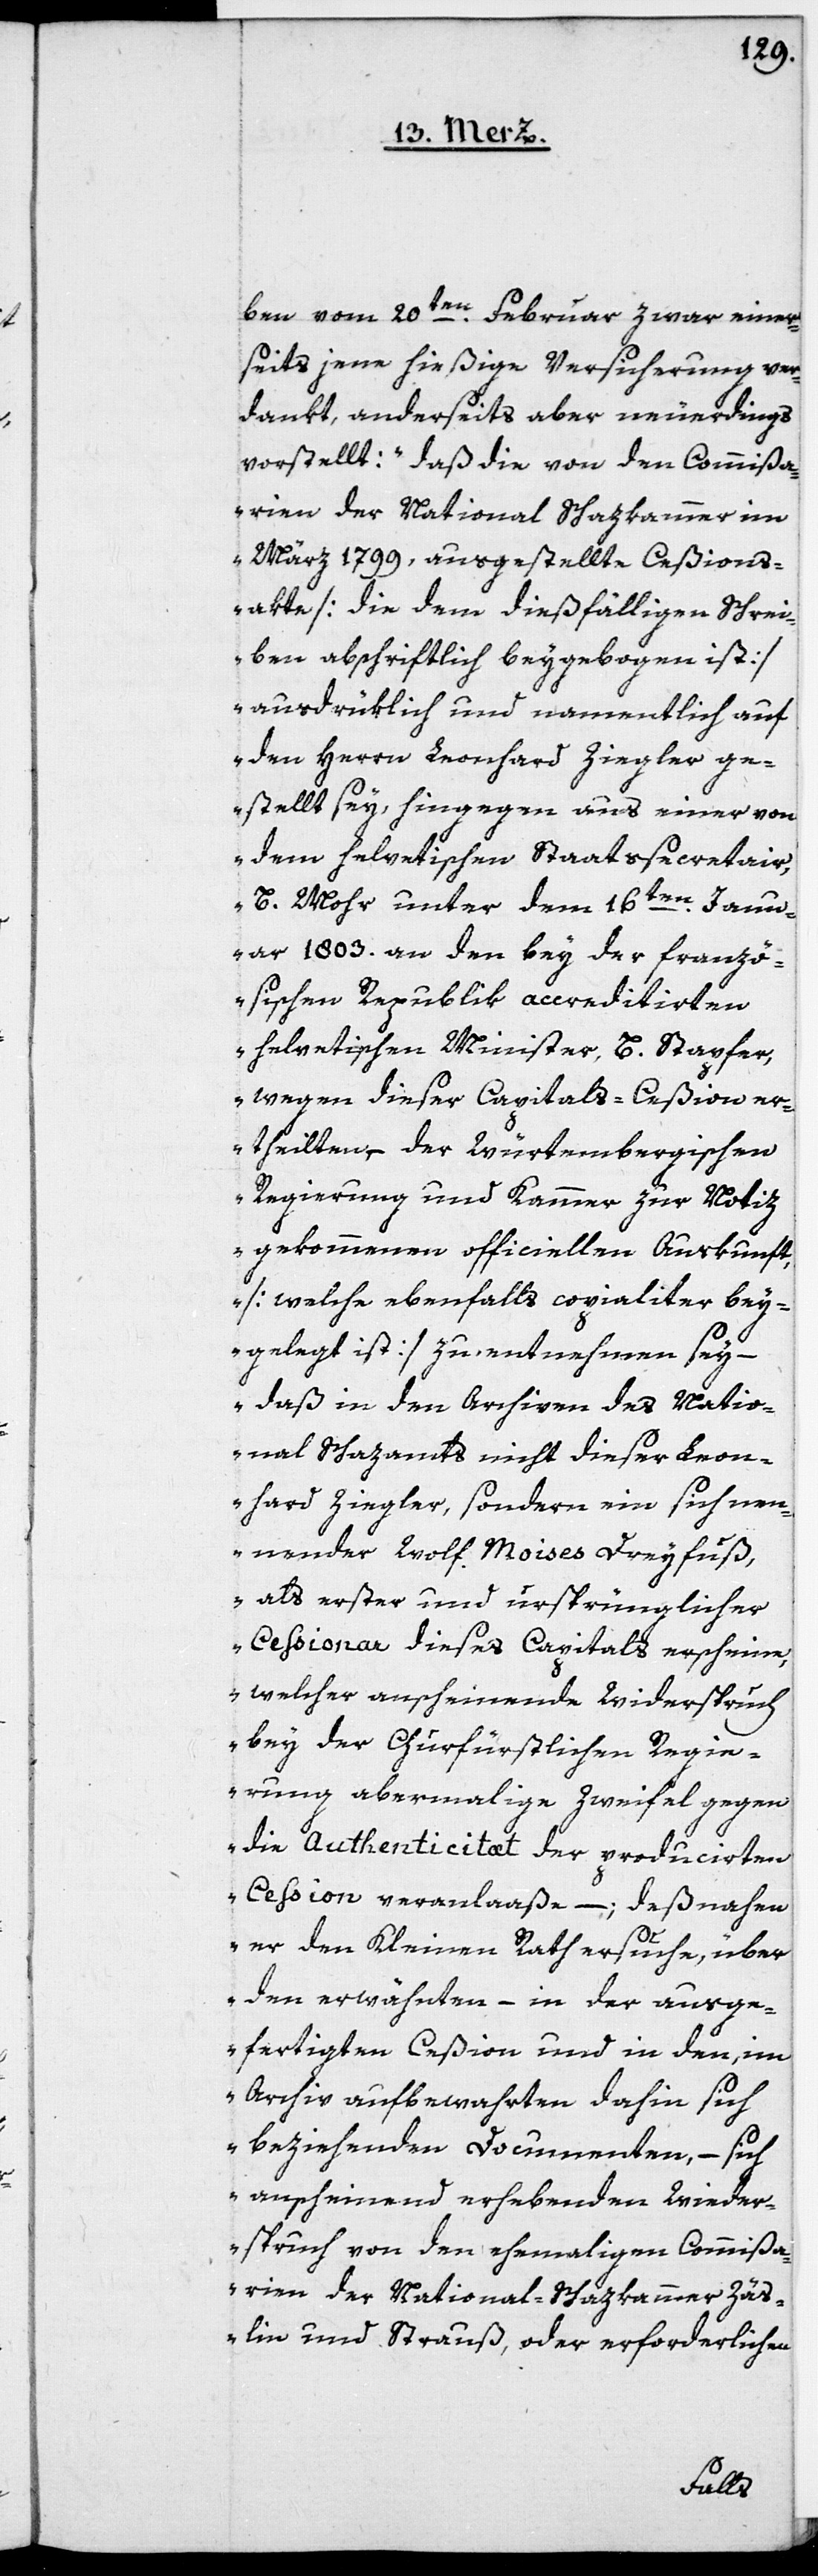
ben vom 20ten Februar zwar einer¬
seits jene hießige Versicherung ver¬
dankt, anderseits aber neuerdings
vorstellt: „daß die von den Commißa¬
rien der National Schazkammer im
März 1799, ausgestellte Ceßions¬
akte [die dem dießfälligen Schrei¬
ben abschriftlich beygebogen ist]
ausdrüklich und namentlich auf
den Herrn Leonhard Ziegler ge¬
stellt sey, hingegen aus einer von
dem helvetischen Staatssecretair,
B. Mohr unter dem 16ten Jan¬
uar 1803. an den bey der franzö¬
sischen Republik accreditirten
helvetischen Minister, B Stapfer,
wegen dieser Capitals-Ceßion er¬
theilten der Würtembergischen
Regierung und Kammer zur Notiz
gekommenen officiellen Auskunft,
[welche ebenfalls copialiter bey¬
gelegt ist] zu entnehmen sey, –
daß in den Archiven des Natio¬
nal Schazamts nicht dieser Leon¬
hard Ziegler, sondern ein sich nen¬
nender Wolf Moises Dreyfuß,
als erster und ursprünglicher
Cessionar dieses Capitals erscheine,
welcher anscheinende Widerspruch
bey der Churfürstlichen Regie¬
rung abermalige Zweifel gegen
die Authenticitæt der producierten
Ceßion veranlaße, – deßnahen
er den Kleinen Rath ersuche, über
den erwähnten, – in der ausge¬
fertigten Ceßion und in den, im
Archiv aufbewahrten dahin sich
beziehenden Documenten, – sich
anscheinend erhebenden Wieder¬
spruch von den ehemaligen Commißa¬
rien der National- Schatzkammer Zäs¬
lin und Strauß, oder erforderlichen